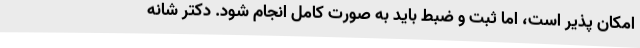
امکان‌ پذیر است، اما ثبت و ضبط باید به صورت کامل انجام شود. دکتر شانه